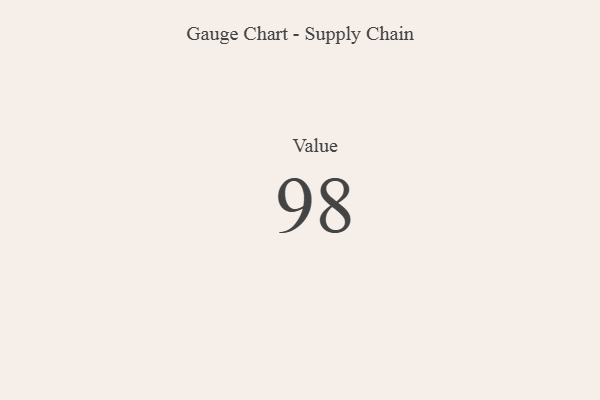
{"axis": {"x": "Metric", "y": "Value"}, "legend": [""], "data": [{"x": "Value", "y": 98, "type": ""}]}